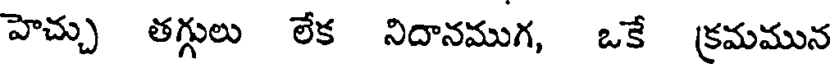
హెచ్చు తగ్గులు లేక నిదానముగ, ఒకే క్రమమున